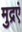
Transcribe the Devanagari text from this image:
मुद्रएं